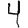
Digit: 4